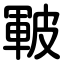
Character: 皸